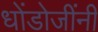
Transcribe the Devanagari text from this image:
धोंडोजींनी